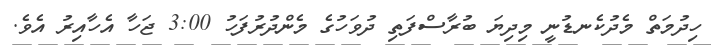
ހިދުމަތް މެދުކެނޑުނީ މިދިޔަ ބުރާސްފަތި ދުވަހުގެ މެންދުރުފަހު 3:00 ޖަހާ އެހާއިރު އެވެ.